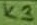
Text: K3